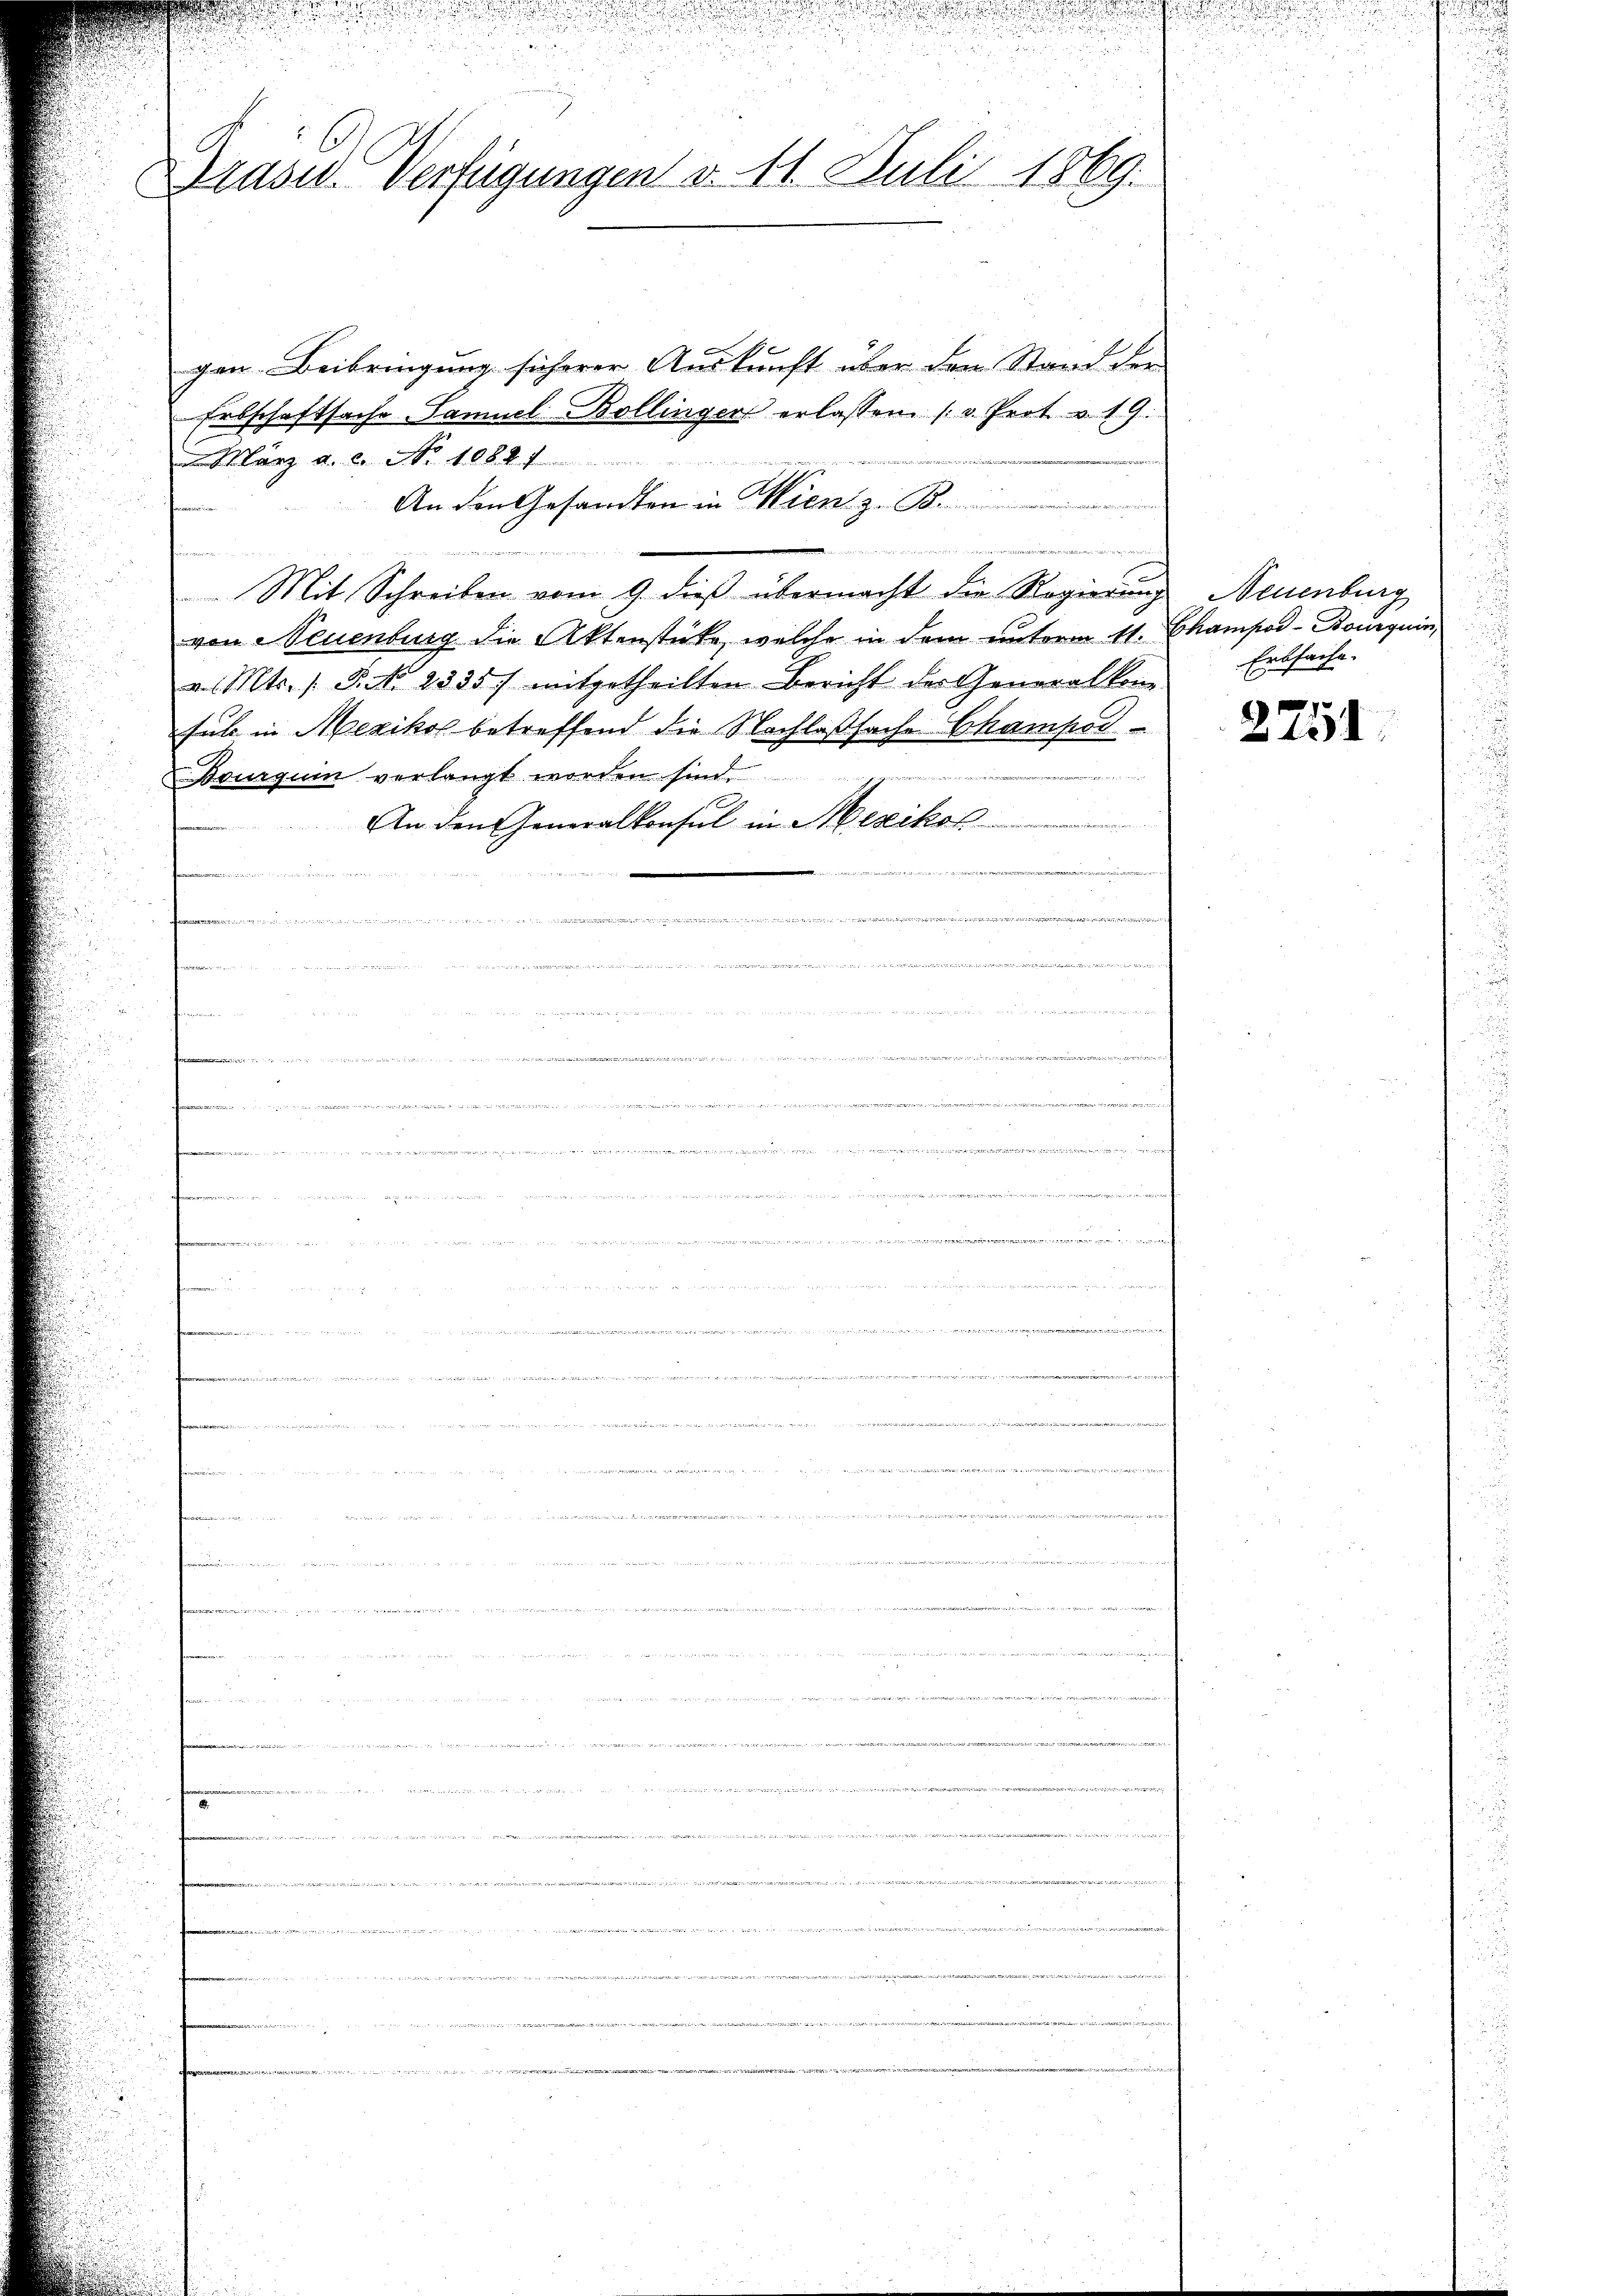
Drüsed. Verfügungen v. 11. Juli 1869.

gen- Beibringung sicherer Auskunft über den Stand der
Erbschaftsache Samuel Bollinger erlassen (v. Prot. v. 19.
. März d. 2. No. 1082 f
An den Gesandten in Wien z. B.
u
t
Mit Schreiben vom 9. dieβ übermacht die Regierŭng
von Neuenburg die Aktenstücke, welche in dem unterm 11. Champod-Bourquin
v. Mts. s. S. 2335) mitgetheilten Bericht der Generalkom-
sul in Mexikol betreffend die Nachlaßsache Champor
Bourgum verlangt worden sind.
An den Generalkonsul in Mexikol
 4 Montag
 .........
n
 u es in eine

e

.

ammen werden

d

ausrei

d
 445 f 24 f 30         beweil die bere

Neuenburg
Erbsache.

2251.